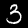
Digit: 3